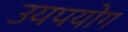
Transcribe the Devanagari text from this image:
उयपयोग